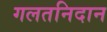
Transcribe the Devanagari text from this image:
गलतनिदान